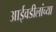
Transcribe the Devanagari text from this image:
आईवडीलांच्या